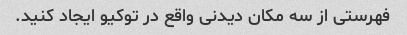
فهرستی از سه مکان دیدنی واقع در توکیو ایجاد کنید.